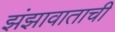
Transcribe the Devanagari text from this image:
झंझावाताची